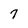
Character: 7